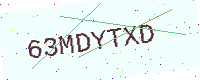
Text: 63MDYTXD